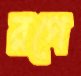
রগে